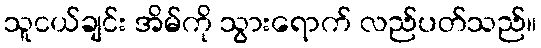
သူငယ်ချင်း အိမ်ကို သွားရောက် လည်ပတ်သည်။